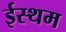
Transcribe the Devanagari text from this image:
ईस्थम